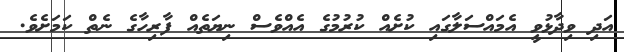
އަދި ވިދާޅުވީ އެމައްސަލާގައި ކުށެއް ކުރުމުގެ އެއްވެސް ނިޔަތެއް ފާރިހާގެ ނެތް ކަމަށެވެ.